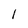
Character: 1